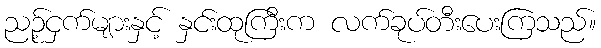
ညဉ့်ငှက်များနှင့် နှင်းထုကြီးက လက်ခုပ်တီးပေးကြသည်။